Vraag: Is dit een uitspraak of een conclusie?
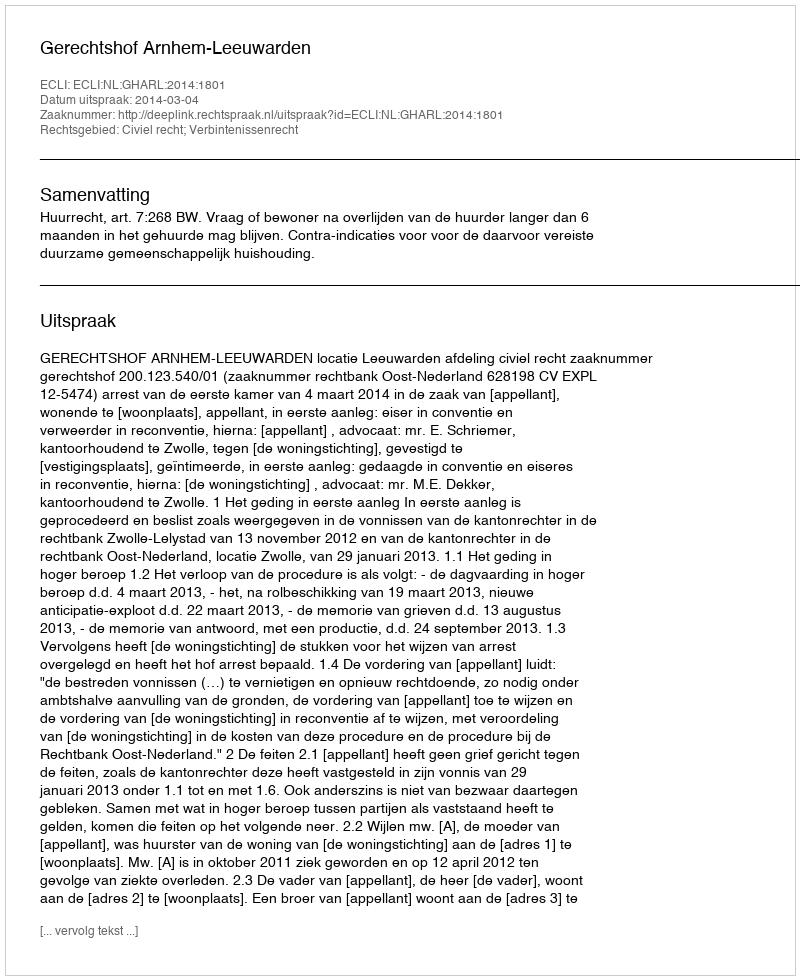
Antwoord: Uitspraak